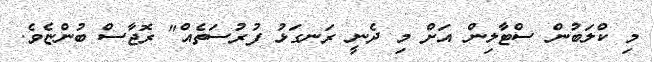
މި ކްލަބުން ސްޓާލިން އަށް މި ދެނީ ރަނގަޅު ފުރުސަތެއް" ރޮޖާސް ބުންޏެވެ.